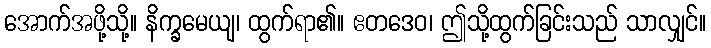
အောက်အဖို့သို့။ နိက္ခမေယျ၊ ထွက်ရာ၏။ ဧတဒေဝ၊ ဤသို့ထွက်ခြင်းသည် သာလျှင်။